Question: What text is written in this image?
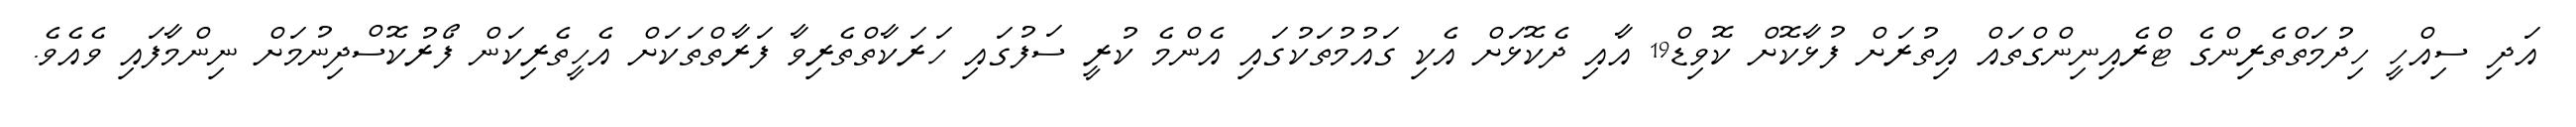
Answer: އަދި ސިއްހީ ހިދުމަތްތެރިންގެ ޓްރެއިނިންގްތައް އިތުރަށް ފުޅާކޮށް ކޮވިޑް19 އާއި ދެކޮޅަށް އެކި ގައުމުތަކުގައި އެންމެ ކުރީ ސަފުގައި ހަރަކާތްތެރިވާ ފަރާތްތަކަށް އެހީތެރިކަން ފޯރުކޮސްދިނުމަށް ނިންމާފައި ވެއެވެ.